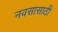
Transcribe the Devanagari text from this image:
नवसासाठी